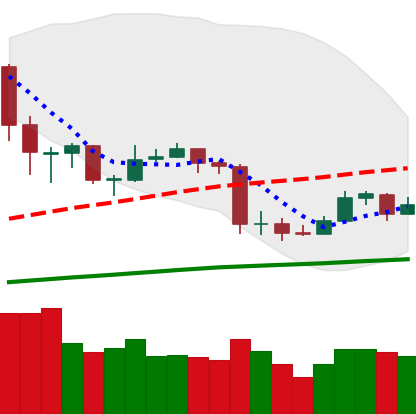
Ticker: ETC-USD
Chart end date: 2020-03-05
Forward return: -16.929%
Label: down_7plus